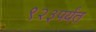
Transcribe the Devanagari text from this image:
९२३पर्यंत